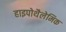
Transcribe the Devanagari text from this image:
हाइपोथैलेमिक